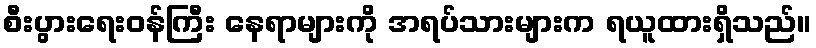
စီးပွားရေးဝန်ကြီး နေရာများကို အရပ်သားများက ရယူထားရှိသည်။